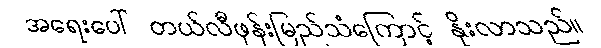
အရေးပေါ် တယ်လီဖုန်းမြည်သံကြောင့် နိုးလာသည်။